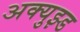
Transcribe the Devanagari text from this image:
अक्युझ्ड